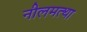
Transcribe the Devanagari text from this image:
नीलमत्था